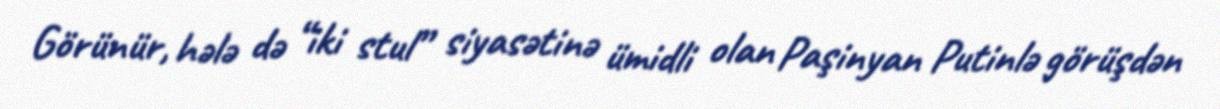
Görünür, hələ də “iki stul” siyasətinə ümidli olan Paşinyan Putinlə görüşdən